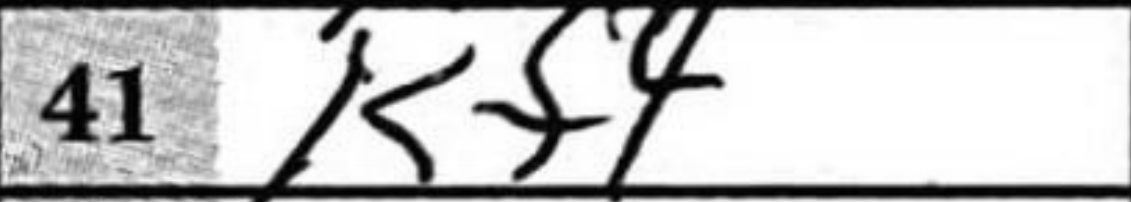
Transcription: Kf4